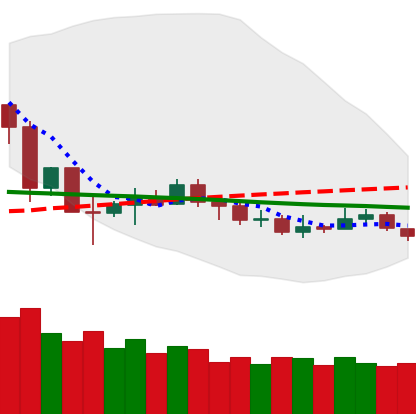
Ticker: NEO-USD
Chart end date: 2019-12-10
Forward return: 4.03%
Label: up_3_5